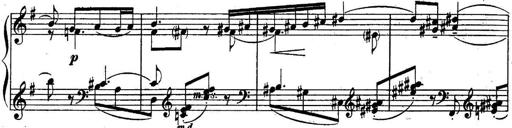
Title: Sonatine
Composer: Adrian Shaposhnikov
Key: E minor